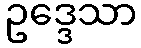
ဥဒ္ဒေသာ